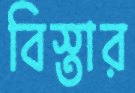
বিস্তার